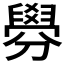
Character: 𦦑